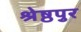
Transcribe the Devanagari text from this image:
श्रेष्ठपुर